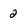
Character: 2